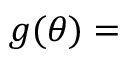
g ( \theta ) =